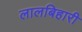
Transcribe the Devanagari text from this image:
लालबिहारी